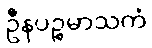
ဦနပဉ္စမာသကံ